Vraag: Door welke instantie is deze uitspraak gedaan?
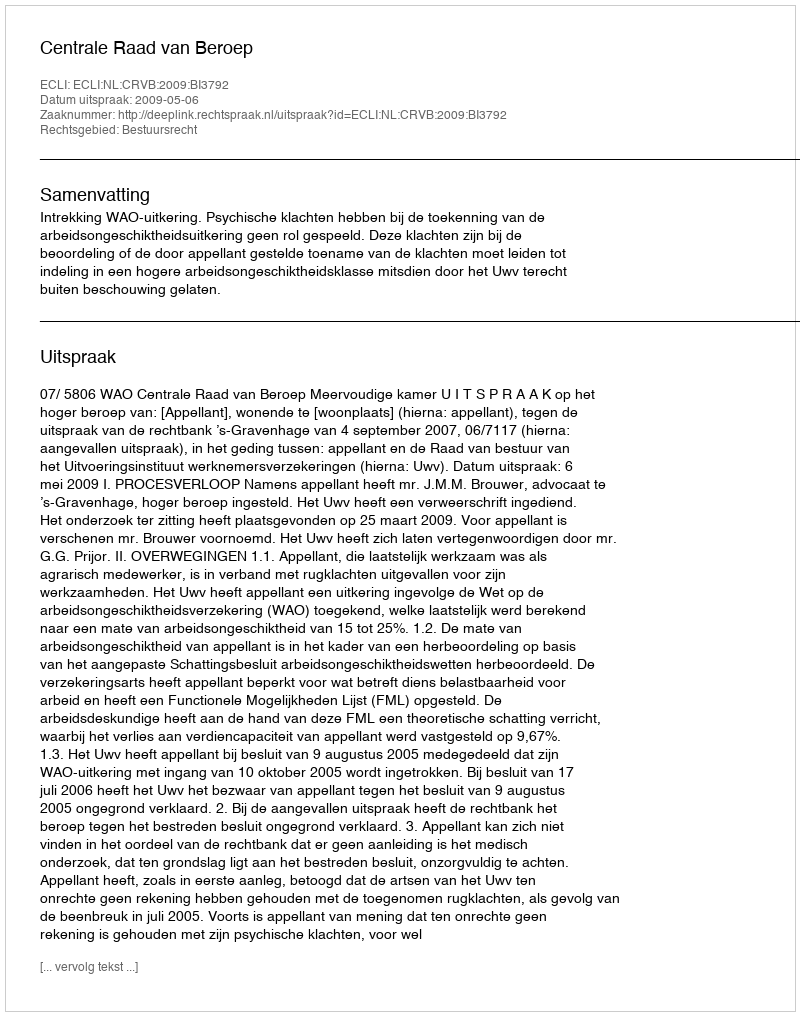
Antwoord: Centrale Raad van Beroep